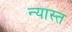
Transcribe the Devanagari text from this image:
न्यास्त